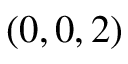
( 0 , 0 , 2 )